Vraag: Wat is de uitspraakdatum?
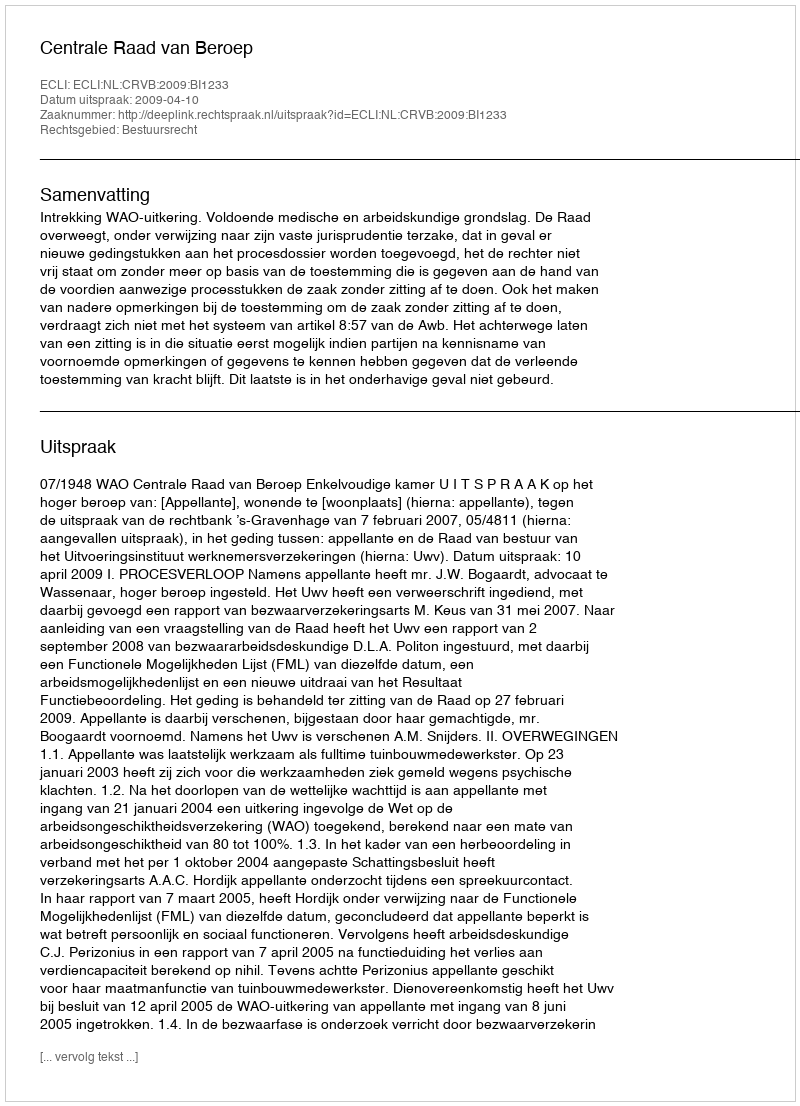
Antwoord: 2009-04-10